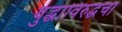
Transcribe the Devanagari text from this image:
युद्धाविरुद्धचा